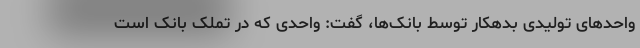
واحدهای تولیدی بدهکار توسط بانک‌ها، گفت: واحدی که در تملک بانک است